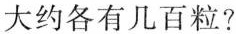
大约各有几百粒?